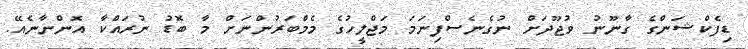
ޑިފެކްޝަންގެ ގާނޫނު ވުޖޫދަށް ނުގެނެސްފިނަމަ މަޖްލީހުގެ މެމްބަރުންނަށް މާ ބޮޑު ނުރައްކާ އޮންނާނެއޭ.